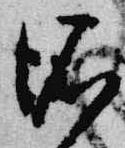
依